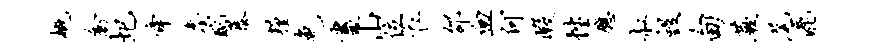
概禽圯舜詹配暴粮免画山位衣邵血何暇性应叔毁甸蕨尾漉